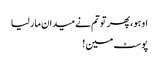
او ہو ، پھر تو تم نے میدان مار لیا
پوسٹ مین !